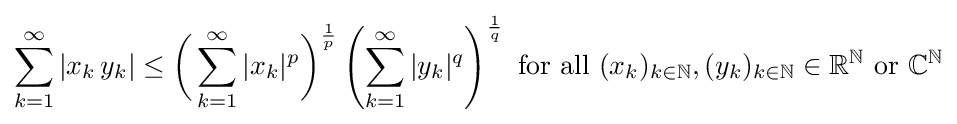
\sum _{k=1}^{\infty }|x_{k}\,y_{k}|\leq {\biggl (}\sum _{k=1}^{\infty }|x_{k}|^{p}{\biggr )}^{\frac {1}{p}}\left(\sum _{k=1}^{\infty }|y_{k}|^{q}\right)^{\frac {1}{q}}{\text{ for all }}(x_{k})_{k\in \mathbb {N} },(y_{k})_{k\in \mathbb {N} }\in \mathbb {R} ^{\mathbb {N} }{\text{ or }}\mathbb {C} ^{\mathbb {N} }